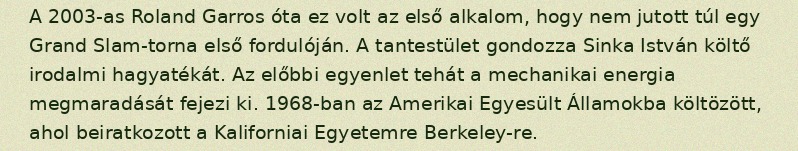
A 2003-as Roland Garros óta ez volt az első alkalom, hogy nem jutott túl egy Grand Slam-torna első fordulóján. A tantestület gondozza Sinka István költő irodalmi hagyatékát. Az előbbi egyenlet tehát a mechanikai energia megmaradását fejezi ki. 1968-ban az Amerikai Egyesült Államokba költözött, ahol beiratkozott a Kaliforniai Egyetemre Berkeley-re.